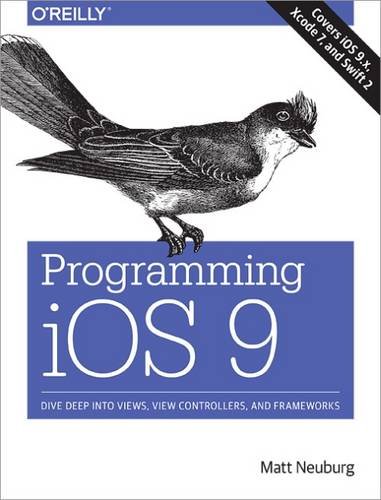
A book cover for Programming iOS 9: Dive Deep into Views, View Controllers, and Frameworks; Matt Neuburg; Computers & Technology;